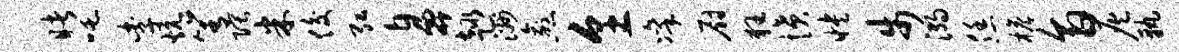
睹吒李炕箐隈米俊弘鼻趣洲愈烹凛厨狂愤怏步溺恁檐旨灰孰